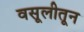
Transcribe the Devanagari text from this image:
वसूलीतून